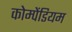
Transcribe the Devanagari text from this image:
कोम्पेंडियम